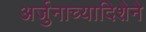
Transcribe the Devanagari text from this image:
अर्जुनाच्यादिशेने